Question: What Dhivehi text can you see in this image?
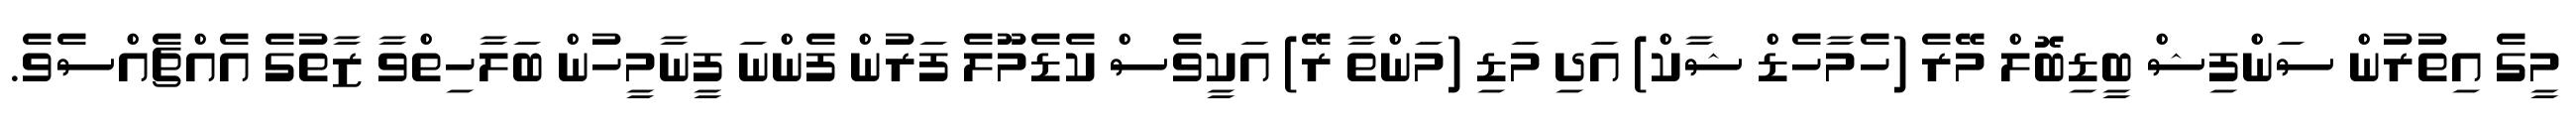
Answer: މީގެ އިތުރުން ސަންފިޝް ބީޑިބޮލް މޭރެ (ހެމާހެޑް ޝާކް) އަދި މަޑި (މަންތާ ރޭ) އަކީވެސް ކެޑެމޫލެ ފަރުން ފެންނަ ފީނާމީހުން ބަލާހިތްވާ ޒާތުގެ އެއްޗެއްސެވެ.